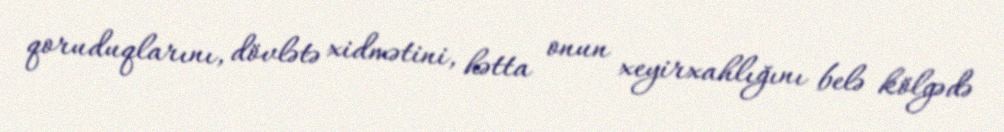
qoruduqlarını, dövlətə xidmətini, hətta onun xeyirxahlığını belə kölgədə